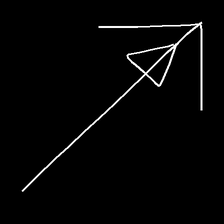
Glyph: pull